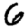
Digit: 6